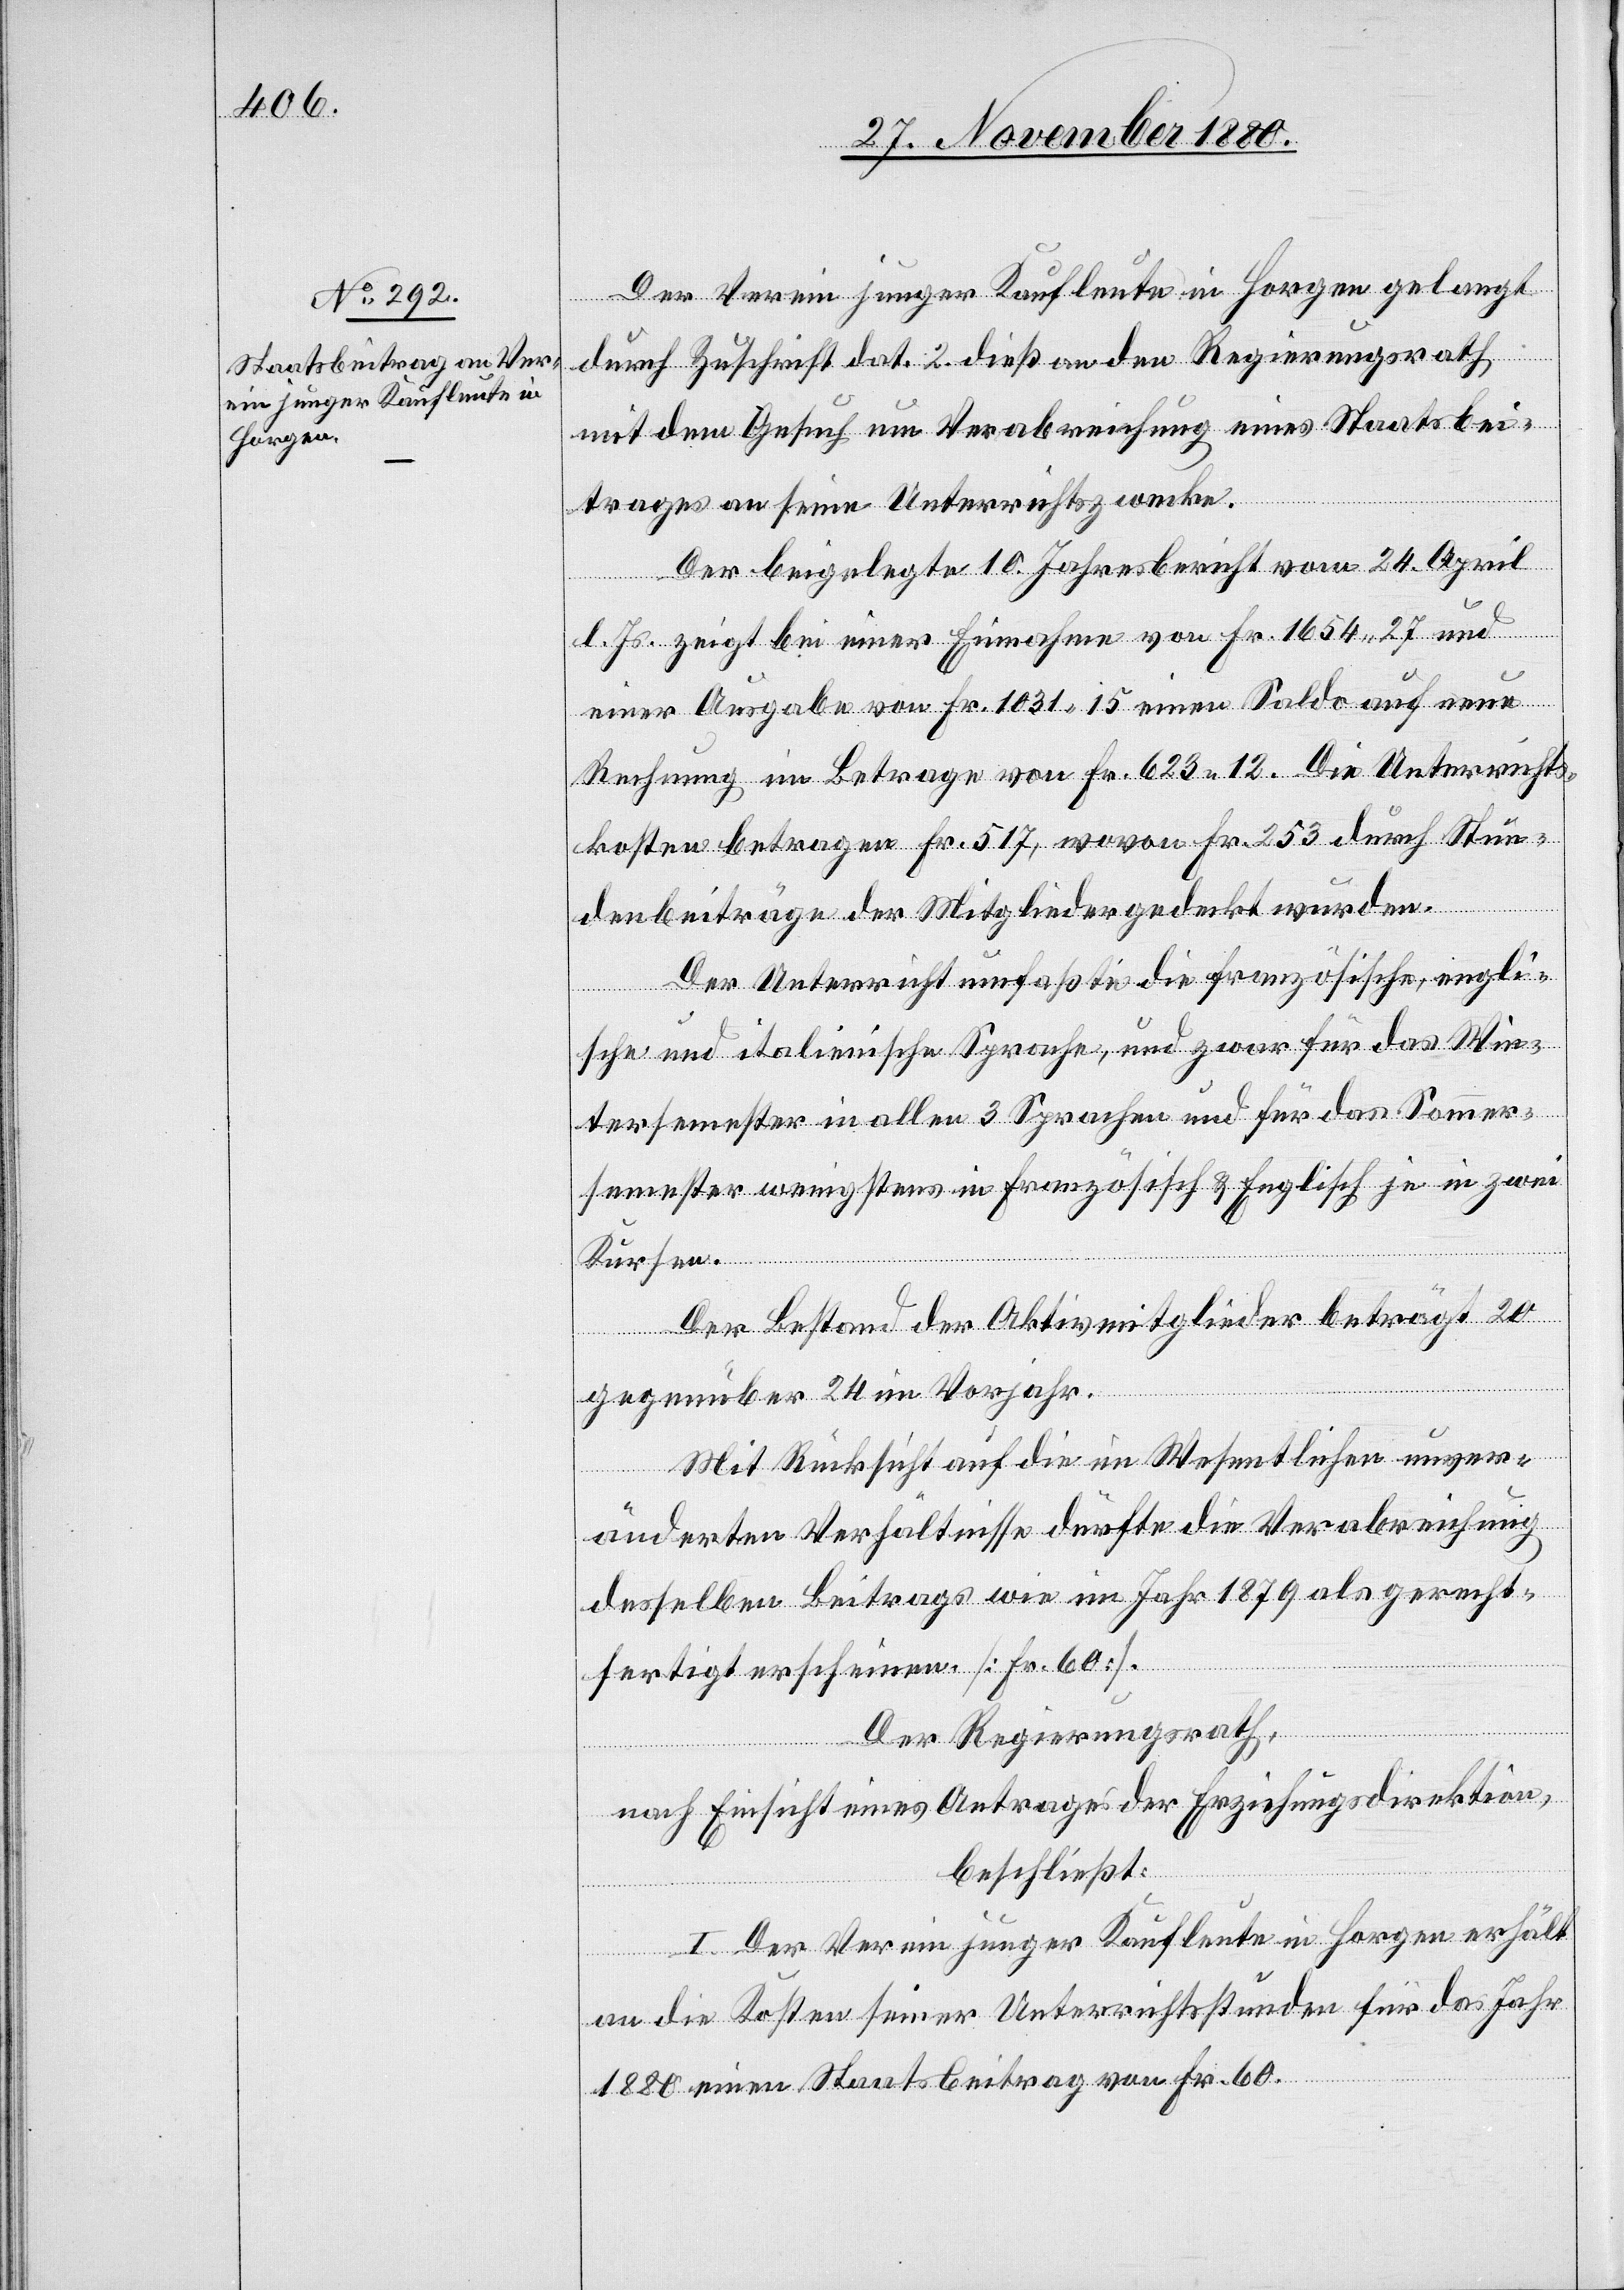
Der Verein junger Kaufleute in Horgen gelangt
durch Zuschrift dat. 2. dieß an den Regierungsrath
mit dem Gesuch um Verabreichung eines Staatsbei¬
trages an seine Unterrichtszwecke.
Der beigelegte 10. Jahresbericht vom 24. April
l. Js. zeigt bei einer Einnahme von Fr. 1654 27 und
einer Ausgabe von Fr. 1031 15 einen Saldo auf neue
Rechnung im Betrage von Fr. 623 12. Die Unterrichts¬
kosten betragen Fr. 517, wovon Fr. 253 durch Stun¬
denbeiträge der Mitglieder gedeckt wurden.
Der Unterricht umfaßte die französische, engli¬
sche und italienische Sprache, und zwar für das Win¬
tersemester in allen 3 Sprachen und für das Sommer¬
semester wenigstens in Französisch & Englisch je in zwei
Kursen.
Der Bestand der Aktivmitglieder beträgt 20
gegenüber 24 im Vorjahr.
Mit Rücksicht auf die im Wesentlichen unver¬
änderten Verhältnisse dürfte die Verabreichung
desselben Beitrags wie im Jahr 1879 als gerecht¬
fertigt erscheinen [Fr. 60].
Der Regierungsrath,
nach Einsicht eines Antrages der Erziehungsdirektion,
beschließt:
I. Der Verein junger Kaufleute in Horgen erhält
an die Kosten seiner Unterrichtsstunden für das Jahr
1880 einen Staatsbeitrag von Fr. 60.